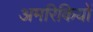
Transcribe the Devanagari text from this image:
अमरिकियों